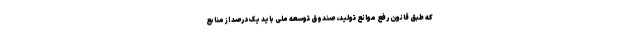
که طبق قانون رفع موانع تولید، صندوق توسعه ملی باید یک درصد از منابع